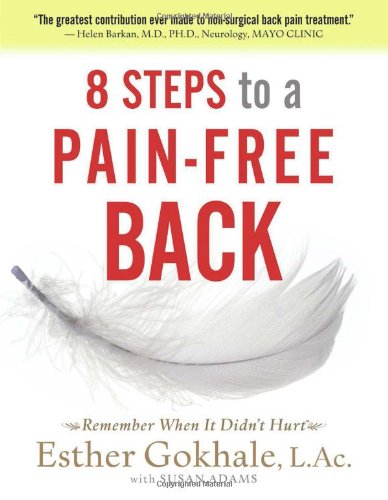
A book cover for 8 Steps to a Pain-Free Back: Natural Posture Solutions for Pain in the Back, Neck, Shoulder, Hip, Knee, and Foot; Esther Gokhale; Health, Fitness & Dieting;